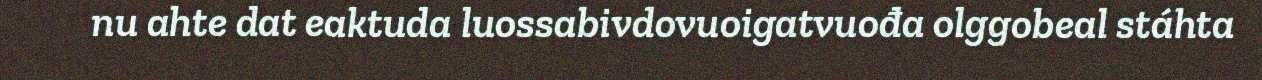
nu ahte dat eaktuda luossabivdovuoigatvuođa olggobeal stáhta